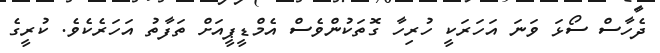
ދެހާސް ސޯޅަ ވަނަ އަހަރަކީ ހުރިހާ ގޮތަކުންވެސް އެމްޑީޕީއަށް ތަފާތު އަހަރެކެވެ. ކުރީގެ